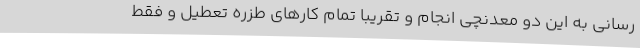
رسانی به این دو معدنچی انجام و تقریباً تمام کارهای طزره تعطیل و فقط